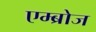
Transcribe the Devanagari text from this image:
एम्ब्रोज